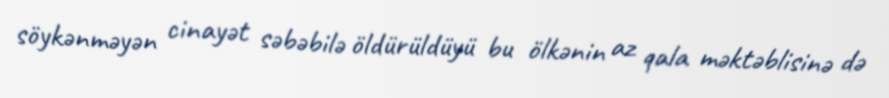
söykənməyən cinayət səbəbilə öldürüldüyü bu ölkənin az qala məktəblisinə də